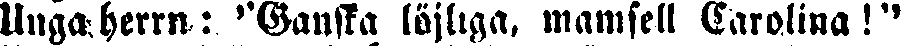
Unga. herrn: ''Ganska löjliga, mamsell Carolina!''